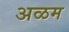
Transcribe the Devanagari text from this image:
अळम